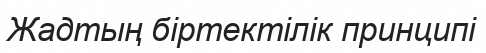
Жадтың біртектілік принципі